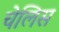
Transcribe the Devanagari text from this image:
चेलिस